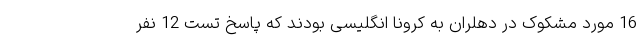
16 مورد مشکوک در دهلران به کرونا انگلیسی بودند که پاسخ تست 12 نفر